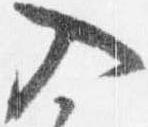
入